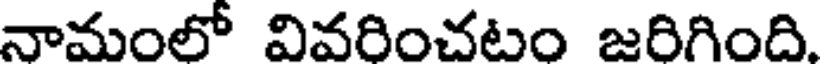
నామంలో వివరించటం జరిగింది.